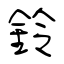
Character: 鈴